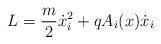
LaTeX: \begin{align*}L=\frac{m}{2}\dot x_i^2+qA_i(x)\dot x_i\end{align*}